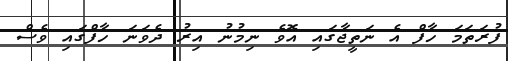
ފުރަތަމަ ހާފް އެ ނަތީޖާގައި އޮވެ ނިމުނު އިރު ދެވަނަ ހާފްގައި ވެސް